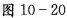
图10-20